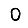
Digit: 0